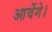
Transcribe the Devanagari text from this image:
आवेंगे।